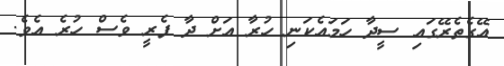
އޭގެތެރޭގައި ސީދާ ހަމައެކަނި ހުރާ އަށް ދާ ފެރީ ވެސް ހުރެ އެވެ.